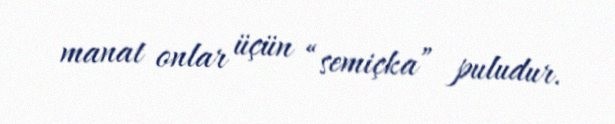
manat onlar üçün “semiçka” puludur.